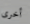
أخرى